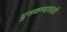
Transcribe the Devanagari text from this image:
घुसळण्यासाठी